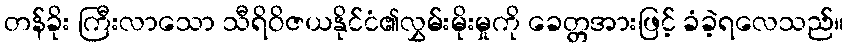
တန်ခိုး ကြီးလာသော သီရိဝိဇယနိုင်ငံ၏လွှမ်းမိုးမှုကို ခေတ္တအားဖြင့် ခံခဲ့ရလေသည်။